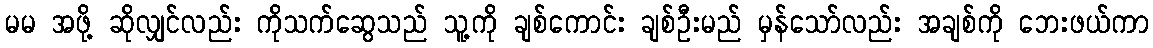
မမ အဖို့ ဆိုလျှင်လည်း ကိုသက်ဆွေသည် သူ့ကို ချစ်ကောင်း ချစ်ဦးမည် မှန်သော်လည်း အချစ်ကို ဘေးဖယ်ကာ